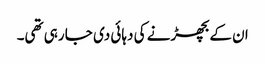
ان کے بچھڑنے کی دہائی دی جا رہی تھی۔